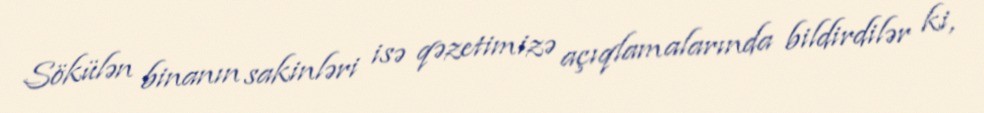
Sökülən binanın sakinləri isə qəzetimizə açıqlamalarında bildirdilər ki,